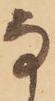
な